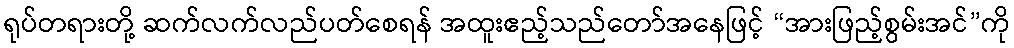
ရုပ်တရားတို့ ဆက်လက်လည်ပတ်စေရန် အထူးဧည့်သည်တော်အနေဖြင့် “အားဖြည့်စွမ်းအင်”ကို